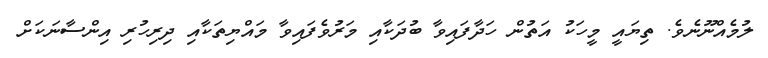
ލުމެއްނޫނެވެ. ތިޔައީ މީހަކު އަތުން ހަދާފައިވާ ބުދަކާއި މަރުވެފައިވާ މައްޔިތަކާއި ދިރިހުރި އިންސާނަކަށް